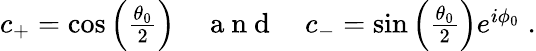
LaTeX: \begin{array}{r}{c_{+}=\cos\left(\frac{\theta_{0}}{2}\right)\quad\mathrm{~a~n~d~}\quad c_{-}=\sin\left(\frac{\theta_{0}}{2}\right)e^{i\phi_{0}}\; .}\end{array}